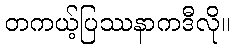
တကယ့်ပြဿနာကဒီလို။